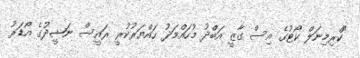
"ކްރިމިނަލް ކޯޓުގެ އިސް ގާޒީ އަބްދު މުހައްމަދު ހައްޔަރުކުރީ ރައީސް ނަޝީދުގެ އޯޑަރު